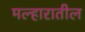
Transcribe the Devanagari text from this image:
मल्हारातील